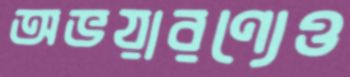
অভয়ারণ্যেও